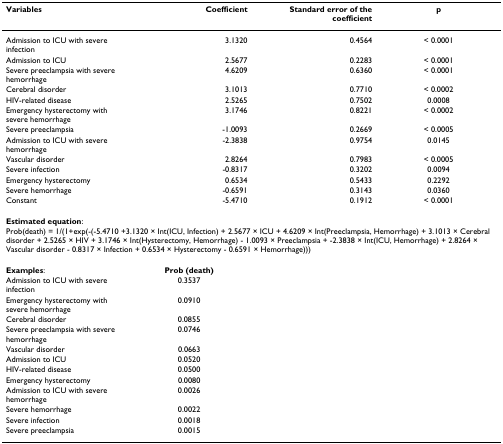
<table><thead><tr><td><b>Variables</b></td><td><b>Coefficient</b></td><td><b>Standard error of the coefficient</b></td><td><b>p</b></td></tr></thead><tbody><tr><td>Admission to ICU with severe infection</td><td>3.1320</td><td>0.4564</td><td>&lt; 0.0001</td></tr><tr><td>Admission to ICU</td><td>2.5677</td><td>0.2283</td><td>&lt; 0.0001</td></tr><tr><td>Severe preeclampsia with severe hemorrhage</td><td>4.6209</td><td>0.6360</td><td>&lt; 0.0001</td></tr><tr><td>Cerebral disorder</td><td>3.1013</td><td>0.7710</td><td>&lt; 0.0002</td></tr><tr><td>HIV-related disease</td><td>2.5265</td><td>0.7502</td><td>0.0008</td></tr><tr><td>Emergency hysterectomy with severe hemorrhage</td><td>3.1746</td><td>0.8221</td><td>&lt; 0.0002</td></tr><tr><td>Severe preeclampsia</td><td>-1.0093</td><td>0.2669</td><td>&lt; 0.0005</td></tr><tr><td>Admission to ICU with severe hemorrhage</td><td>-2.3838</td><td>0.9754</td><td>0.0145</td></tr><tr><td>Vascular disorder</td><td>2.8264</td><td>0.7983</td><td>&lt; 0.0005</td></tr><tr><td>Severe infection</td><td>-0.8317</td><td>0.3202</td><td>0.0094</td></tr><tr><td>Emergency hysterectomy</td><td>0.6534</td><td>0.5433</td><td>0.2292</td></tr><tr><td>Severe hemorrhage</td><td>-0.6591</td><td>0.3143</td><td>0.0360</td></tr><tr><td>Constant</td><td>-5.4710</td><td>0.1912</td><td>&lt; 0.0001</td></tr><tr><td><b>Estimated equation</b>:</td><td></td><td></td><td></td></tr><tr><td colspan="4">Prob(death) = 1/(1+exp(-(-5.4710 +3.1320 × Int(ICU, Infection) + 2.5677 × ICU + 4.6209 × Int(Preeclampsia, Hemorrhage) + 3.1013 × Cerebral disorder + 2.5265 × HIV + 3.1746 × Int(Hysterectomy, Hemorrhage) - 1.0093 × Preeclampsia + -2.3838 × Int(ICU, Hemorrhage) + 2.8264 × Vascular disorder - 0.8317 × Infection + 0.6534 × Hysterectomy - 0.6591 × Hemorrhage)))</td></tr><tr><td><b>Examples</b>:</td><td><b>Prob (death)</b></td><td></td><td></td></tr><tr><td>Admission to ICU with severe infection</td><td>0.3537</td><td></td><td></td></tr><tr><td>Emergency hysterectomy with severe hemorrhage</td><td>0.0910</td><td></td><td></td></tr><tr><td>Cerebral disorder</td><td>0.0855</td><td></td><td></td></tr><tr><td>Severe preeclampsia with severe hemorrhage</td><td>0.0746</td><td></td><td></td></tr><tr><td>Vascular disorder</td><td>0.0663</td><td></td><td></td></tr><tr><td>Admission to ICU</td><td>0.0520</td><td></td><td></td></tr><tr><td>HIV-related disease</td><td>0.0500</td><td></td><td></td></tr><tr><td>Emergency hysterectomy</td><td>0.0080</td><td></td><td></td></tr><tr><td>Admission to ICU with severe hemorrhage</td><td>0.0026</td><td></td><td></td></tr><tr><td>Severe hemorrhage</td><td>0.0022</td><td></td><td></td></tr><tr><td>Severe infection</td><td>0.0018</td><td></td><td></td></tr><tr><td>Severe preeclampsia</td><td>0.0015</td><td></td><td></td></tr></tbody></table>